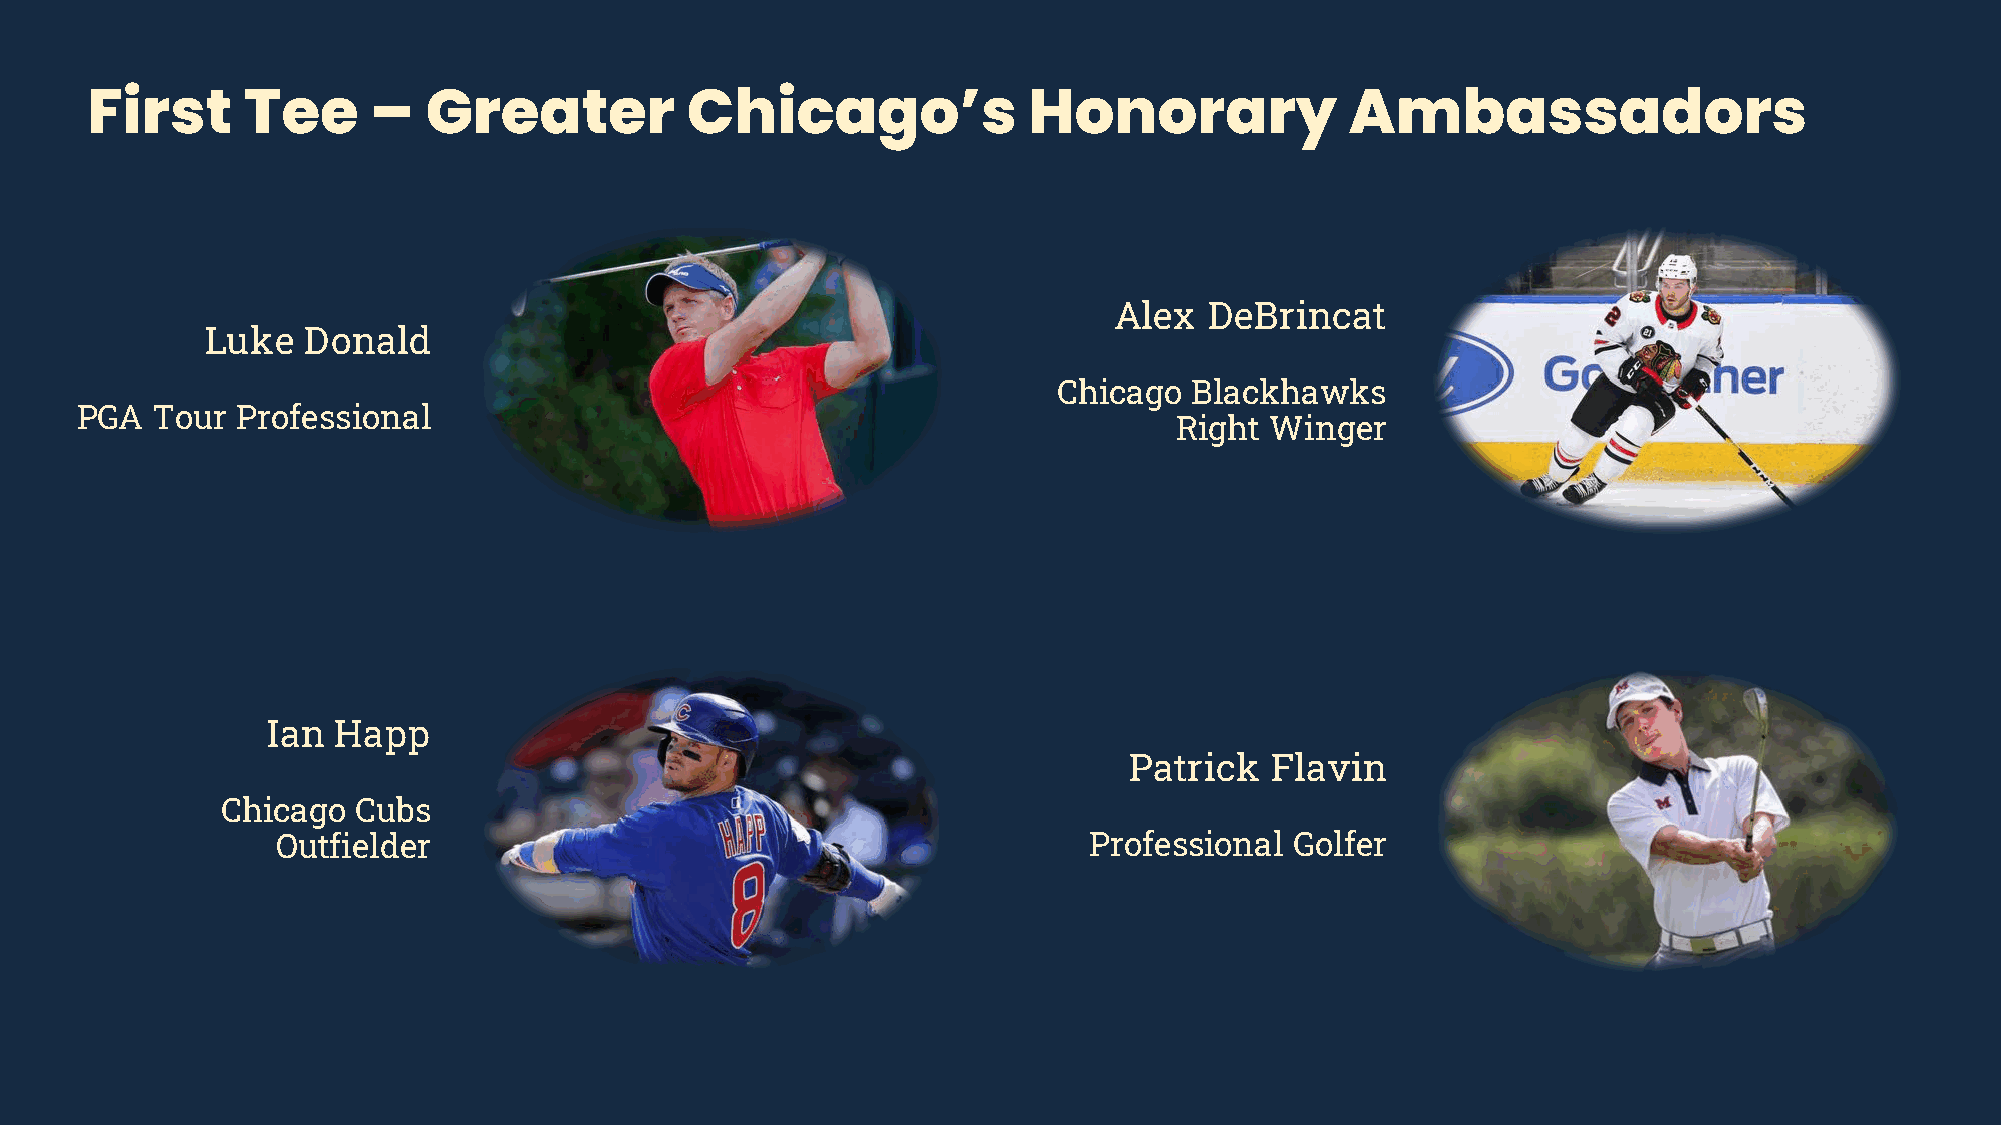
First     Tee      –  Greater          Chicago’s              Honorary             Ambassadors
 Alex  DeBrincat
 Luke  Donald
 Chicago  Blackhawks
 PGA  Tour  Professional
 Right Winger
 Ian Happ
 Patrick  Flavin
 Chicago Cubs
 Outfielder                                            Professional  Golfer